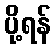
ပို့ရန်